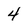
Character: 4